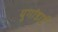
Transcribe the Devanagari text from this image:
युगांडाई